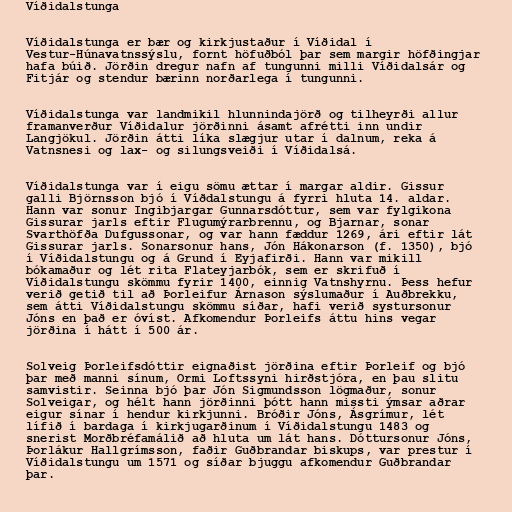
Víðidalstunga

Víðidalstunga er bær og kirkjustaður í Víðidal í
Vestur-Húnavatnssýslu, fornt höfuðból þar sem margir höfðingjar
hafa búið. Jörðin dregur nafn af tungunni milli Víðidalsár og
Fitjár og stendur bærinn norðarlega í tungunni.

Víðidalstunga var landmikil hlunnindajörð og tilheyrði allur
framanverður Víðidalur jörðinni ásamt afrétti inn undir
Langjökul. Jörðin átti líka slægjur utar í dalnum, reka á
Vatnsnesi og lax- og silungsveiði í Víðidalsá.

Víðidalstunga var í eigu sömu ættar í margar aldir. Gissur
galli Björnsson bjó í Víðdalstungu á fyrri hluta 14. aldar.
Hann var sonur Ingibjargar Gunnarsdóttur, sem var fylgikona
Gissurar jarls eftir Flugumýrarbrennu, og Bjarnar, sonar
Svarthöfða Dufgussonar, og var hann fæddur 1269, ári eftir lát
Gissurar jarls. Sonarsonur hans, Jón Hákonarson (f. 1350), bjó
í Víðidalstungu og á Grund í Eyjafirði. Hann var mikill
bókamaður og lét rita Flateyjarbók, sem er skrifuð í
Víðidalstungu skömmu fyrir 1400, einnig Vatnshyrnu. Þess hefur
verið getið til að Þorleifur Árnason sýslumaður í Auðbrekku,
sem átti Víðidalstungu skömmu síðar, hafi verið systursonur
Jóns en það er óvíst. Afkomendur Þorleifs áttu hins vegar
jörðina í hátt í 500 ár.

Solveig Þorleifsdóttir eignaðist jörðina eftir Þorleif og bjó
þar með manni sínum, Ormi Loftssyni hirðstjóra, en þau slitu
samvistir. Seinna bjó þar Jón Sigmundsson lögmaður, sonur
Solveigar, og hélt hann jörðinni þótt hann missti ýmsar aðrar
eigur sínar í hendur kirkjunni. Bróðir Jóns, Ásgrímur, lét
lífið í bardaga í kirkjugarðinum í Víðidalstungu 1483 og
snerist Morðbréfamálið að hluta um lát hans. Dóttursonur Jóns,
Þorlákur Hallgrímsson, faðir Guðbrandar biskups, var prestur í
Víðidalstungu um 1571 og síðar bjuggu afkomendur Guðbrandar
þar.